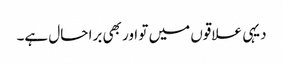
دیہی علاقوں میں تو اور بھی برا حال ہے۔